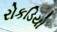
રોકડિયો